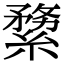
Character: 𦃤